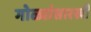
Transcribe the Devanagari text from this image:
गोळ्यांसारखी